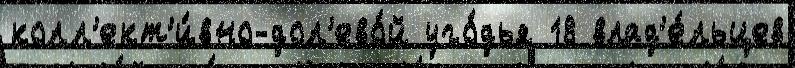
колл'ект'и́вно-дол'ево́й уго́дья 18 влад'е́льцев